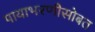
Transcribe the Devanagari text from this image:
पायाभरणीसोबत